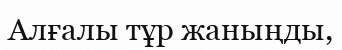
Алғалы тұр жаныңды,